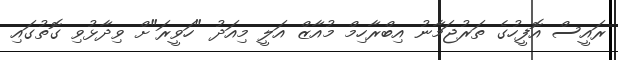
ރައީސް އޮފީހުގެ ތަރުޖަމާނު އިބްރާހިމް މުއާޒް އަލީ މިއަދު "ހަވީރަ"ށް ވިދާޅުވި ގޮތުގައި